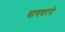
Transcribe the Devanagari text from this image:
धायबरने